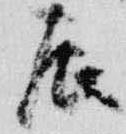
辰